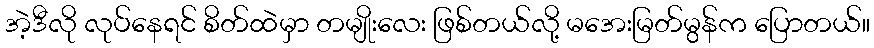
အဲ့ဒီလို လုပ်နေရင် စိတ်ထဲမှာ တမျိုးလေး ဖြစ်တယ်လို့ မအေးမြတ်မွန်က ပြောတယ်။